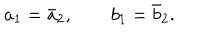
a _ { 1 } = \bar { a } _ { 2 } , \qquad b _ { 1 } = \bar { b } _ { 2 } .